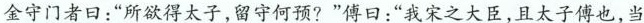
金守门者口：”所欲得太子，留守何预?”傅口：”我宋之大臣，且太子傅也，当